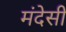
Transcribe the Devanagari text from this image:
मंदेसी